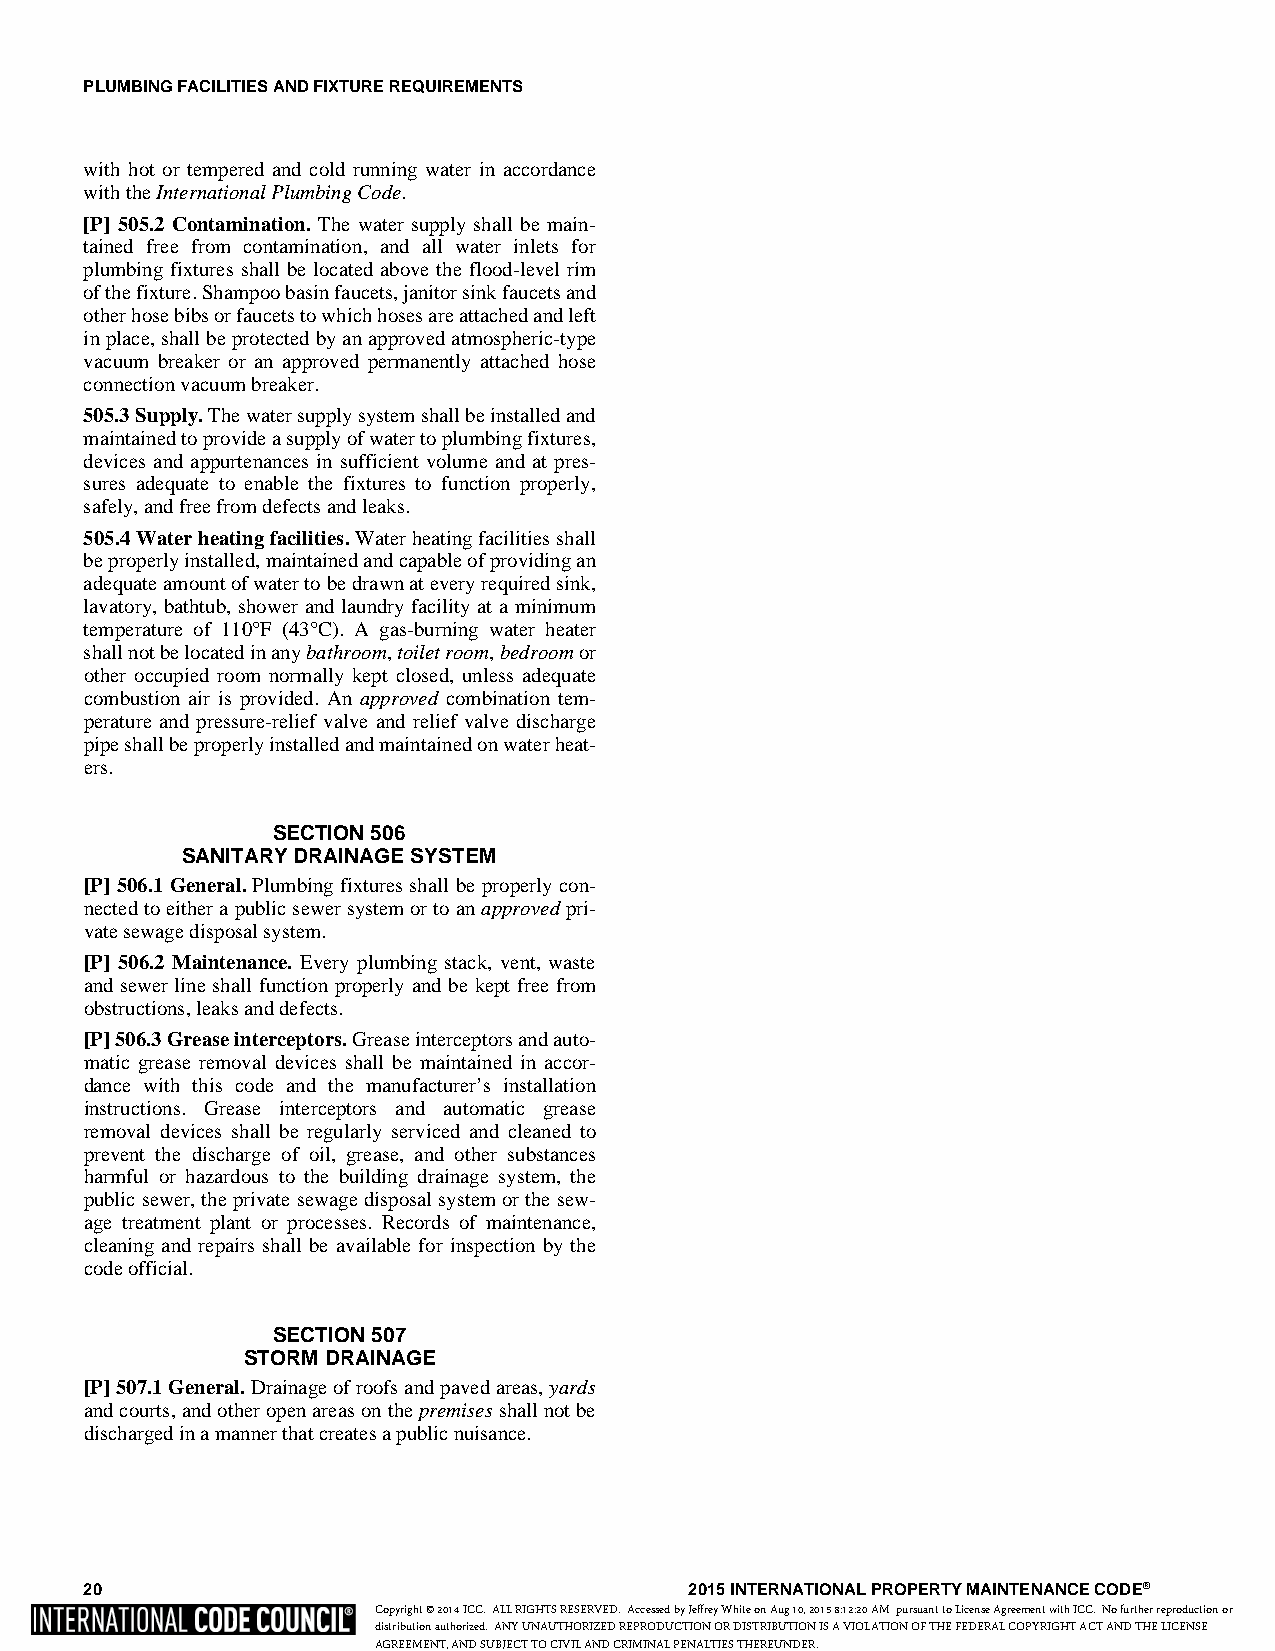
PLUMBING FACILITIES AND FIXTURE REQUIREMENTS
 with hot or tempered and cold running water in accordance
 with the International Plumbing Code.
 [P] 505.2 Contamination. The water supply shall be main-
 tained free from contamination, and all water inlets for
 plumbing fixtures shall be located above the flood-level rim
 of the fixture. Shampoo basin faucets, janitor sink faucets and
 other hose bibs or faucets to which hoses are attached and left
 in place, shall be protected by an approved atmospheric-type
 vacuum breaker or an approved permanently attached hose
 connection vacuum breaker.
 505.3 Supply. The water supply system shall be installed and
 maintained to provide a supply of water to plumbing fixtures,
 devices and appurtenances in sufficient volume and at pres-
 sures adequate to enable the fixtures to function properly,
 safely, and free from defects and leaks.
 505.4 Water heating facilities. Water heating facilities shall
 be properly installed, maintained and capable of providing an
 adequate amount of water to be drawn at every required sink,
 lavatory, bathtub, shower and laundry facility at a minimum
 temperature of 110°F (43°C). A gas-burning water heater
 shall not be located in any bathroom, toilet room, bedroom or
 other occupied room normally kept closed, unless adequate
 combustion air is provided. An approved combination tem-
 perature and pressure-relief valve and relief valve discharge
 pipe shall be properly installed and maintained on water heat-
 ers.
 SECTION 506
 SANITARY DRAINAGE SYSTEM
 [P] 506.1 General. Plumbing fixtures shall be properly con-
 nected to either a public sewer system or to an approved pri-
 vate sewage disposal system.
 [P] 506.2 Maintenance. Every plumbing stack, vent, waste
 and sewer line shall function properly and be kept free from
 obstructions, leaks and defects.
 [P] 506.3 Grease interceptors. Grease interceptors and auto-
 matic grease removal devices shall be maintained in accor-
 dance with this code and the manufacturer’s installation
 instructions. Grease interceptors and automatic grease
 removal devices shall be regularly serviced and cleaned to
 prevent the discharge of oil, grease, and other substances
 harmful or hazardous to the building drainage system, the
 public sewer, the private sewage disposal system or the sew-
 age treatment plant or processes. Records of maintenance,
 cleaning and repairs shall be available for inspection by the
 code official.
 SECTION 507
 STORM DRAINAGE
 [P] 507.1 General. Drainage of roofs and paved areas, yards
 and courts, and other open areas on the premises shall not be
 discharged in a manner that creates a public nuisance.
 20                                      2015 INTERNATIONAL PROPERTY MAINTENANCE CODE®
 Copyright © 2014 ICC. ALL RIGHTS RESERVED. Accessed by Jeffrey White on Aug 10, 2015 8:12:20 AM pursuant to License Agreement with ICC. No further reproduction or
 distribution authorized. ANY UNAUTHORIZED REPRODUCTION OR DISTRIBUTION IS A VIOLATION OF THE FEDERAL COPYRIGHT ACT AND THE LICENSE
 AGREEMENT, AND SUBJECT TO CIVIL AND CRIMINAL PENALTIES THEREUNDER.